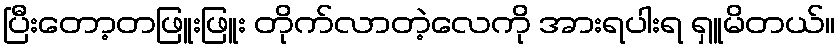
ပြီးတော့တဖြူးဖြူး တိုက်လာတဲ့လေကို အားရပါးရ ရှူမိတယ်။